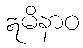
ဣမိနာဝ